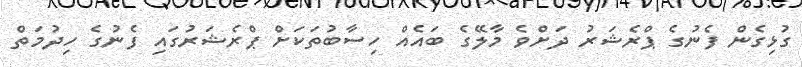
ގުޅިގެން ފެނުގެ ޕްރެޝަރު ދަށްވެ މާލޭގެ ބައެއް ހިސާބުތަކަށް ޕްރެޝަރުގައި ފެނުގެ ހިދުމަތް